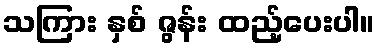
သကြား နှစ် ဇွန်း ထည့်ပေးပါ။